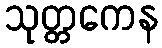
သုတ္တကေန